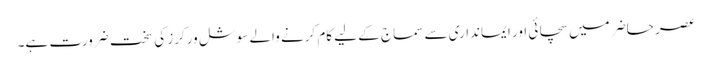
عصر حاضر میں سچائی اور ایمانداری سے سماج کے لیے کام کرنے والے سوشل ورکرز کی سخت ضرورت ہے۔